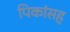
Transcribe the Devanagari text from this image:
पिकांसह